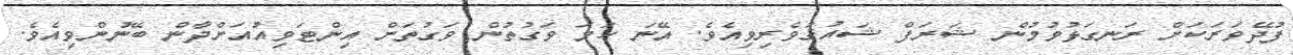
ފުދޭވަރަކަށް ރަނގަޅުވުމުން ޝަރަފް ޝައުޤުވެރިވިއެވެ. އޭނަ ހަމަ ވަގުތުން ވަގުތަށް އިންޓަވިއުއަށްދާން ބޭނުންވިއެވެ.